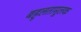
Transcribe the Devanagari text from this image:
बहुलतामूलक